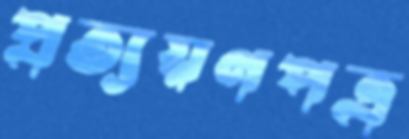
প্রত্যয়ণপত্র